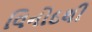
વિનોદથી